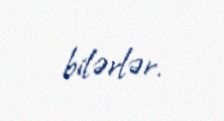
bilərlər.